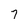
Character: 7